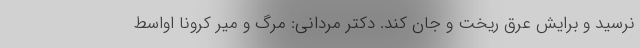
نرسید و برایش عرق ریخت و جان کند. دکتر مردانی: مرگ و میر کرونا اواسط